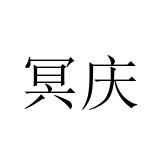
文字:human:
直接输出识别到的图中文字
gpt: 冥庆